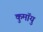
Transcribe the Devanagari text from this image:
कुमॉयु